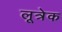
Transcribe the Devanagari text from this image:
लूत्रेक